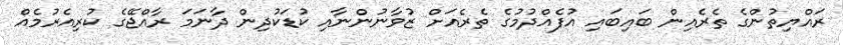
ރައްޔިތުންގެ ތެރެއިން ބައިބައި އުފެއްދުމުގެ ތެރެއަށް ޒުވާނުންނާއި ކުޑަކުދިން ދާނަމަ ރާއްޖޭގެ ކުރިއެރުމެއް